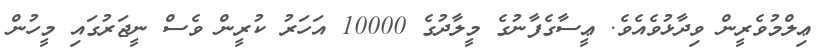
ޢިލްމުވެރީން ވިދާޅުވެއެވެ. ޢީސާގެފާނުގެ މީލާދުގެ 10000 އަހަރު ކުރީން ވެސް ނީޖަރުގައި މީހުން